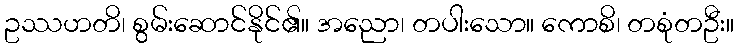
ဥဿဟတိ၊ စွမ်းဆောင်နိုင်၏။ အညော၊ တပါးသော။ ကောစိ၊ တစုံတဦး။